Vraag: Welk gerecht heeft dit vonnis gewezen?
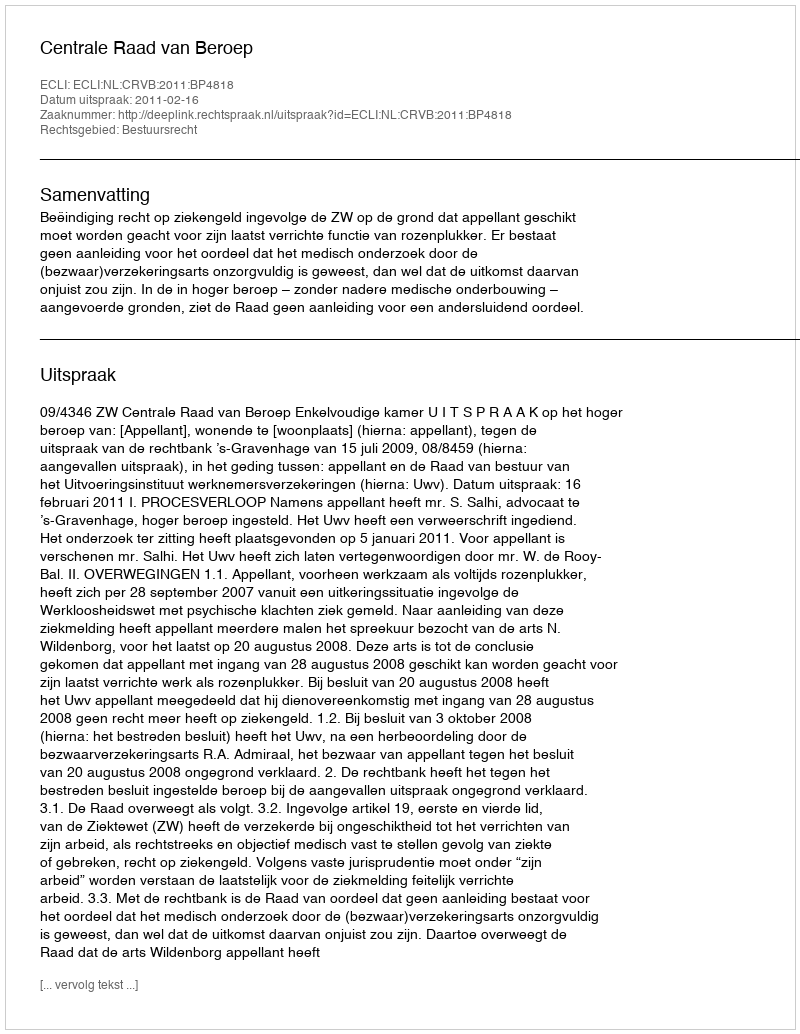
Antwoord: Centrale Raad van Beroep